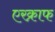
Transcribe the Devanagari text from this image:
एरक्राफ